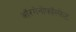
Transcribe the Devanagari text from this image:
ऑरगेनोफॉस्फेट